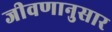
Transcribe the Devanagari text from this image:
जीवणानुसार